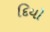
દિયો